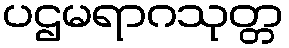
ပဌမရာဂသုတ္တ